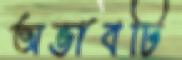
অভাবটি